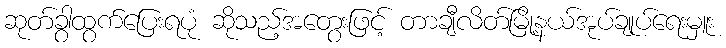
ဆုတ်ခွာထွက်ပြေးရပုံ ဆိုသည့်အတွေးဖြင့် တာချီလိတ်မြို့နယ်အုပ်ချုပ်ရေးမှူး